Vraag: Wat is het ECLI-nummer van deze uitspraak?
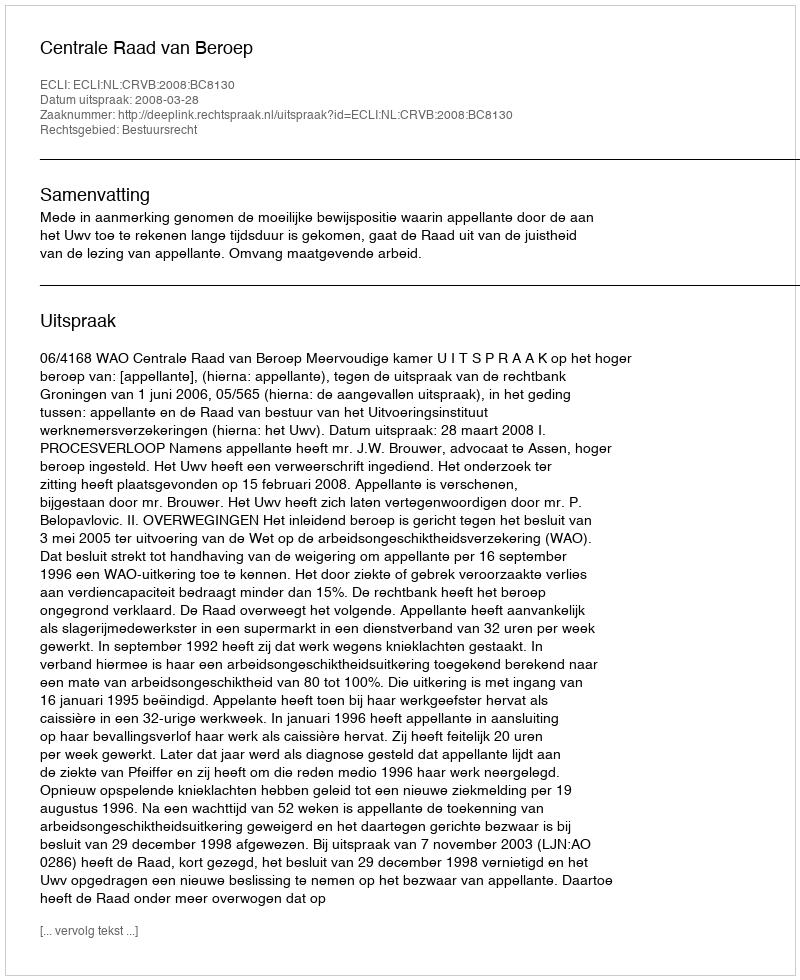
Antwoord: ECLI:NL:CRVB:2008:BC8130